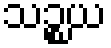
သဉ္စယ